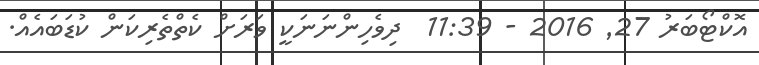
އޮކްޓޯބަރު 27